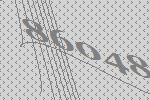
86048